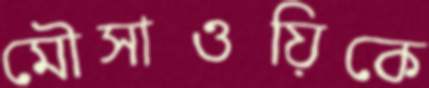
মৌসাওয়িকে